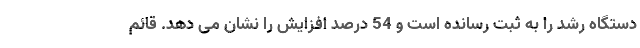
دستگاه رشد را به ثبت رسانده است و 54 درصد افزایش را نشان می دهد. قائم